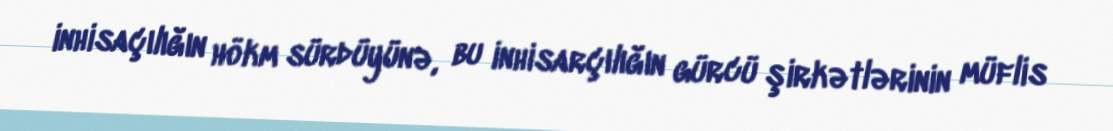
inhisaçılığın hökm sürdüyünə, bu inhisarçılığın gürcü şirkətlərinin müflis